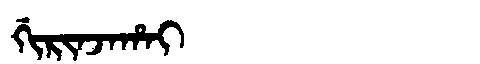
Manchu: ᡤᡳᡵᡳᠨᠵᠠᡥᠠᡳ
Romanization: GIRINJAHAI